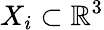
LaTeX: X_{i}\subset\mathbb{R}^{3}